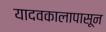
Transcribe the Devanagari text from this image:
यादवकालापासून